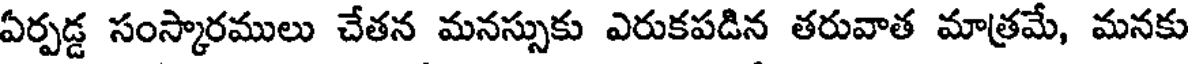
ఏర్పడ్డ సంస్కారములు చేతన మనస్సుకు ఎరుకపడిన తరువాత మాత్రమే, మనకు